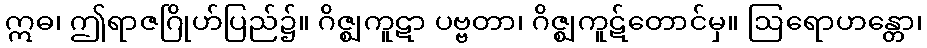
ဣဓ၊ ဤရာဇဂြိုဟ်ပြည်၌။ ဂိဇ္ဈကူဋာ ပဗ္ဗတာ၊ ဂိဇ္ဈကူဋ်တောင်မှ။ ဩရောဟန္တော၊